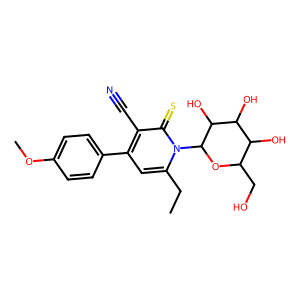
SMILES: CCc1cc(-c2ccc(OC)cc2)c(C#N)c(=S)n1C1OC(CO)C(O)C(O)C1O
Inhibits HIV replication: No